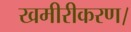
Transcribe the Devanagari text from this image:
खमीरीकरण।